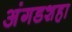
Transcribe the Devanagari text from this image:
अंगडशहा